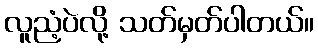
လူညံ့ပဲလို့ သတ်မှတ်ပါတယ်။